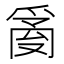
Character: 𤔔